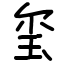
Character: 玺